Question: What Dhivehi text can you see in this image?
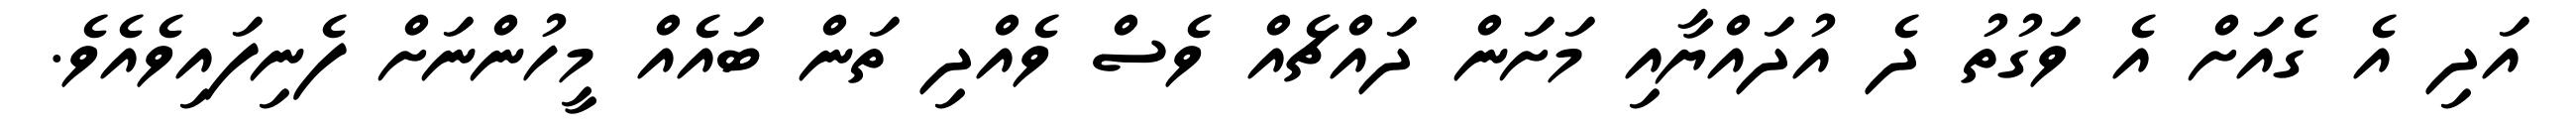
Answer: އަދި އެ ގެއަށް އެ ވަގުތު ދެ އުދައްޔާއި މަށަން ދައްޗެއް ވެސް ވެއްދި ތަން ބައެއް މީހުންނަށް ފެނިފައިވެއެވެ.